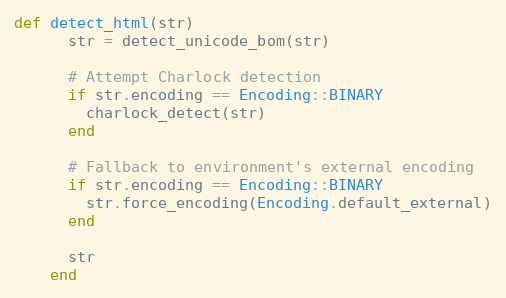
Language: Ruby
def detect_html(str)
      str = detect_unicode_bom(str)

      # Attempt Charlock detection
      if str.encoding == Encoding::BINARY
        charlock_detect(str)
      end

      # Fallback to environment's external encoding
      if str.encoding == Encoding::BINARY
        str.force_encoding(Encoding.default_external)
      end

      str
    end